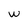
Character: W